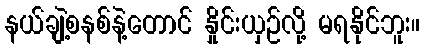
နယ်ချဲ့စနစ်နဲ့တောင် နှိုင်းယှဉ်လို့ မရနိုင်ဘူး။